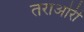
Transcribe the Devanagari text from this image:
तराओरी